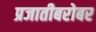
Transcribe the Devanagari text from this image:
प्रजातीबरोबर